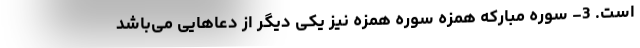
است. 3- سوره مبارکه همزه سوره همزه نیز یکی دیگر از دعاهایی می‌باشد